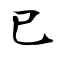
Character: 巳